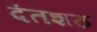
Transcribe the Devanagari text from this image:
दंतशठ